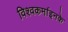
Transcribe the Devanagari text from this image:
विश्वकर्माइनके